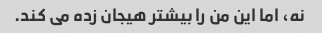
نه، اما این من را بیشتر هیجان زده می کند.